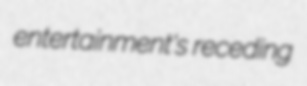
entertainment's receding